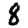
Digit: 8